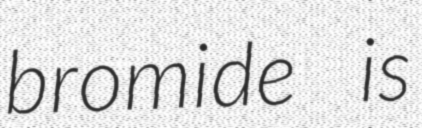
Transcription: bromide is